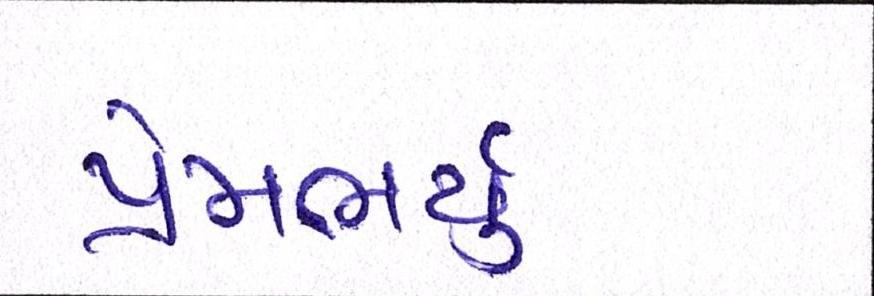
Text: પ્રેમભર્યું